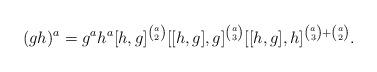
LaTeX: \begin{align*}(gh)^a = g^ah^a[h,g]^{a \choose 2}[[h,g],g]^{a \choose 3}[[h,g],h]^{{a \choose 3} + {a \choose 2}}.\end{align*}